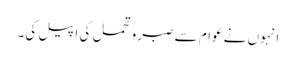
انہوں نے عوام سے صبر وتحمل کی اپیل کی۔